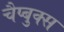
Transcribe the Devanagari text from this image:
चैप्बुक्स